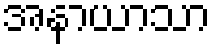
အနာယာသာ